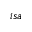
i s a